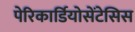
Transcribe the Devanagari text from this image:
पेरिकार्डियोसेंटेसिस